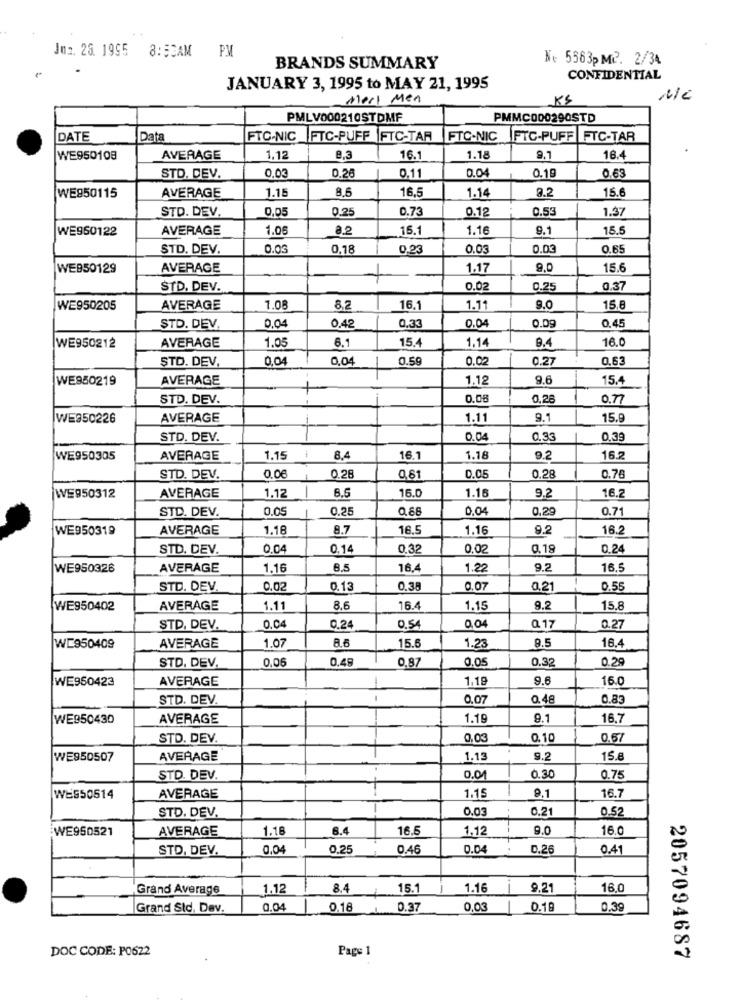
Juz. 28. 1995
8:53AM PM
№e 5363pM2. 2/34
BRANDS SUMMARY
CONFIDENTIAL
JANUARY 3, 1995 to MAY 21, 1995
Meri Men
KS
PMLV000210STDMF
PMMC000290STD
DATE
Data
FTC-NIC |FTC-PUFF |FTC-TAR
FTC-NIC
FTC-PUFF FTC-TAR
WE950108
AVERAGE
1,12
8,3
16.1
1.18
9.1
16.4
0.03
0.26
0.04
0.19
STD. DEV.
0.11
0.63
AVERAGE
1.15
8.5
16.5
1.14
3.2
15.6
WE850115
STD. DEV.
0,05
0.25
0.73
0.12
0.53
1.37
WE950122
AVERAGE
1.06
8.2
15.1
1.16
9.1
15.5
STD. DEV.
0.03
0,18
0.23
0.03
0.03
0.65
WEB50129
AVERAGE
1.17
9.0
15.6
+
STD. DEV.
0.02
0.25
0.37
WE950205
AVERAGE
1.08
8,2
16.1
1.11
9.0
15.6
0,04
0.4
0.04
0.09
0.45
STD. DEV.
0,33
WE950212
AVERAGE
1.05
1.14
9.4
16.0
6.1
15.4
STD. DEV.
0.04
0.04
0.59
0.02
0.27
0,63
WE950219
AVERAGE
-
1.12
9.6
15.4
+
STD. DEV.
0.06
0,28
0.77
WE950226
AVERAGE
1.11
9.1
15.9
STD. DEV.
0.04
0.3
0.39
WE950305
AVERAGE
1.15
8.4
16.1
1.18
9.2
16.2
D.C
0.28
STD. DEV.
0.06
0.26
0,61
0.76
1.12
8.5
16.0
1.16
9.2
WE950312
AVERAGE
16.2
STD. DEV.
0.05
0,25
0,88
0.04
0,29
0.71
WE950319
AVERAGE
1.18
8.7
16.5
1.16
9.2
16.2
STD. DEV.
0.04
0.14
0.32
0.02
0.19
0.24
WE950326
AVERAGE
1.16
8.5
16.4
1.22
9.2
16.5
STD. DEV
0.02
0.13
0.38
0.07
0,21
0.55
WE950402
AVERAGE
1.1
8.6
16.4
1.15
9.2
15.8
0.04
0,04
STD, DEV.
0.24
0.54
@ 17
0.27
AVERAGE
1.07
15.6
1.23
8.5
16.4
WE950409
STD. DEV.
0,06
0,49
0,87
0.05
0.32
0.29
WE950423
AVERAGE
1,19
9.6
16.0
STD. DEV.
--
0.07
0.48
0.83
WE950430
AVERAGE
1.19
9.1
16.7
STD. DEV.
0,03
0.10
0.57
WE950507
AVERAGE
1.13
9.2
15.8
STD. DEV.
0.0
0.30
0.75
1.15
9.1
16.7
WES50514
AVERAGE
STD. DEV.
0.0
0.21
0.52
:WE950521
AVERAGE
1.16
6.4
16.6
1.12
9.0
16.0
STD, DEV.
0.04
0.25
0.46
0.0
0.26
0.41
Grand Average
1.12
8.4
15.1
1.16
9.21
16.0
Grand Std, Dev.
0.04
0.18
0.37
0,03
0.18
0.39
DOC CODE: P0622
Page 1
2057094687